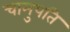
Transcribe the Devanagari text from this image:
चामुपति